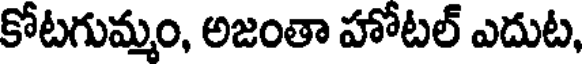
కోటగుమ్మం, అజంతా హోటల్ ఎదుట,